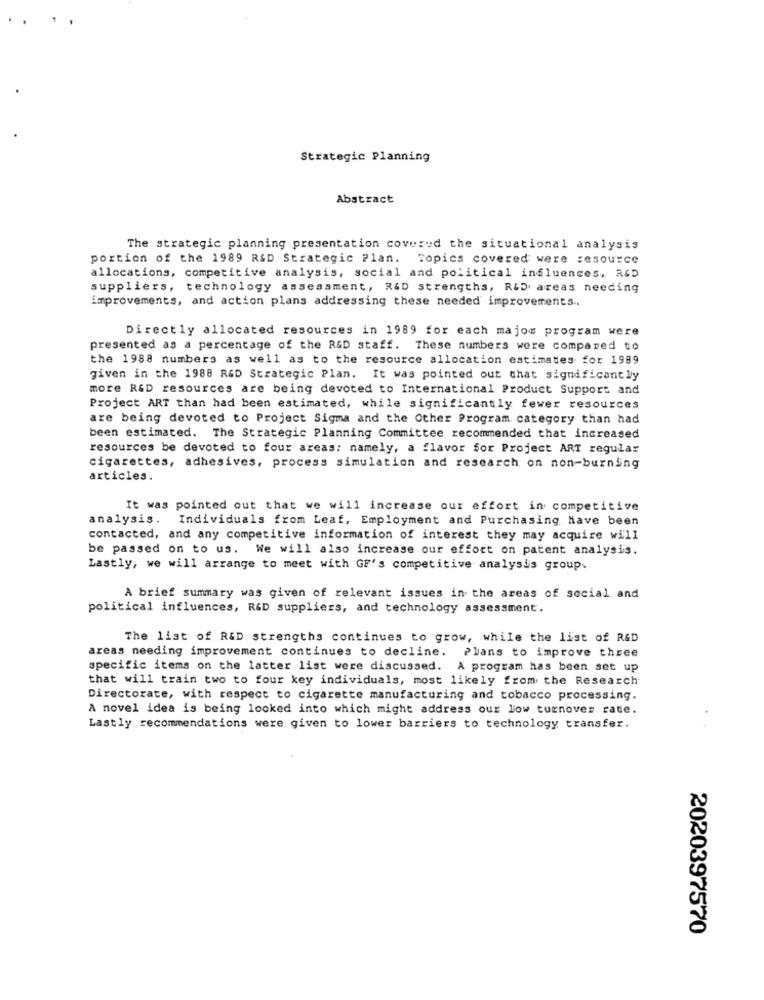
Strategic Planning
Abstract
The strategic planning presentation covered the situational analysis
portion of the 1989 RSD Strategic Plan. Topics covered were resource
allocations, competitive analysis, social and political influences, RGD
suppliers, technology assessment, R&D strengths, R&D areas needing
improvements, and action plans addressing these needed improvements ..
Directly allocated resources in 1989 for each majon program were
presented as a percentage of the R&D staff. These numbers were compared to
the 1988 numbers as well as to the resource allocation estimates for 1989
given in the 1988 R&D Strategic Plan. It was pointed out that significantly
more R&D resources are being devoted to International Product Support and
Project ART than had been estimated, while significantly fewer resources
are being devoted to Project Sigma and the Other Program category than had
been estimated. The Strategic Planning Committee recommended that increased
resources be devoted to four areas; namely, a flavor for Project ART regular
cigarettes, adhesives, process simulation and research on non-burning
articles.
It was pointed out that we will increase our effort in competitive
analysis.
Individuals from Leaf, Employment and Purchasing Have been
contacted, and any competitive information of interest they may acquire will
be passed on to us. We will also increase our effort on patent analysis.
Lastly, we will arrange to meet with GF's competitive analysis group.
A brief summary was given of relevant issues in the areas of social and
political influences, R&D suppliers, and technology assessment.
The list of R&D strengths continues to grow, while the list of R&D
areas needing improvement continues to decline. Plans to improve three
specific items on the latter list were discussed. A program has been set up
that will train two to four key individuals, most likely from the Research
Directorate, with respect to cigarette manufacturing and tobacco processing.
A novel idea is being looked into which might address our low turnover rate.
Lastly recommendations were given to lower barriers to technology transfer.
2020397570